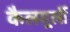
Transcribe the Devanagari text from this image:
कैलगूर्ली